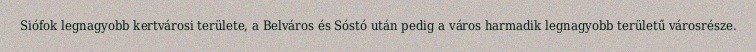
Siófok legnagyobb kertvárosi területe, a Belváros és Sóstó után pedig a város harmadik legnagyobb területű városrésze.